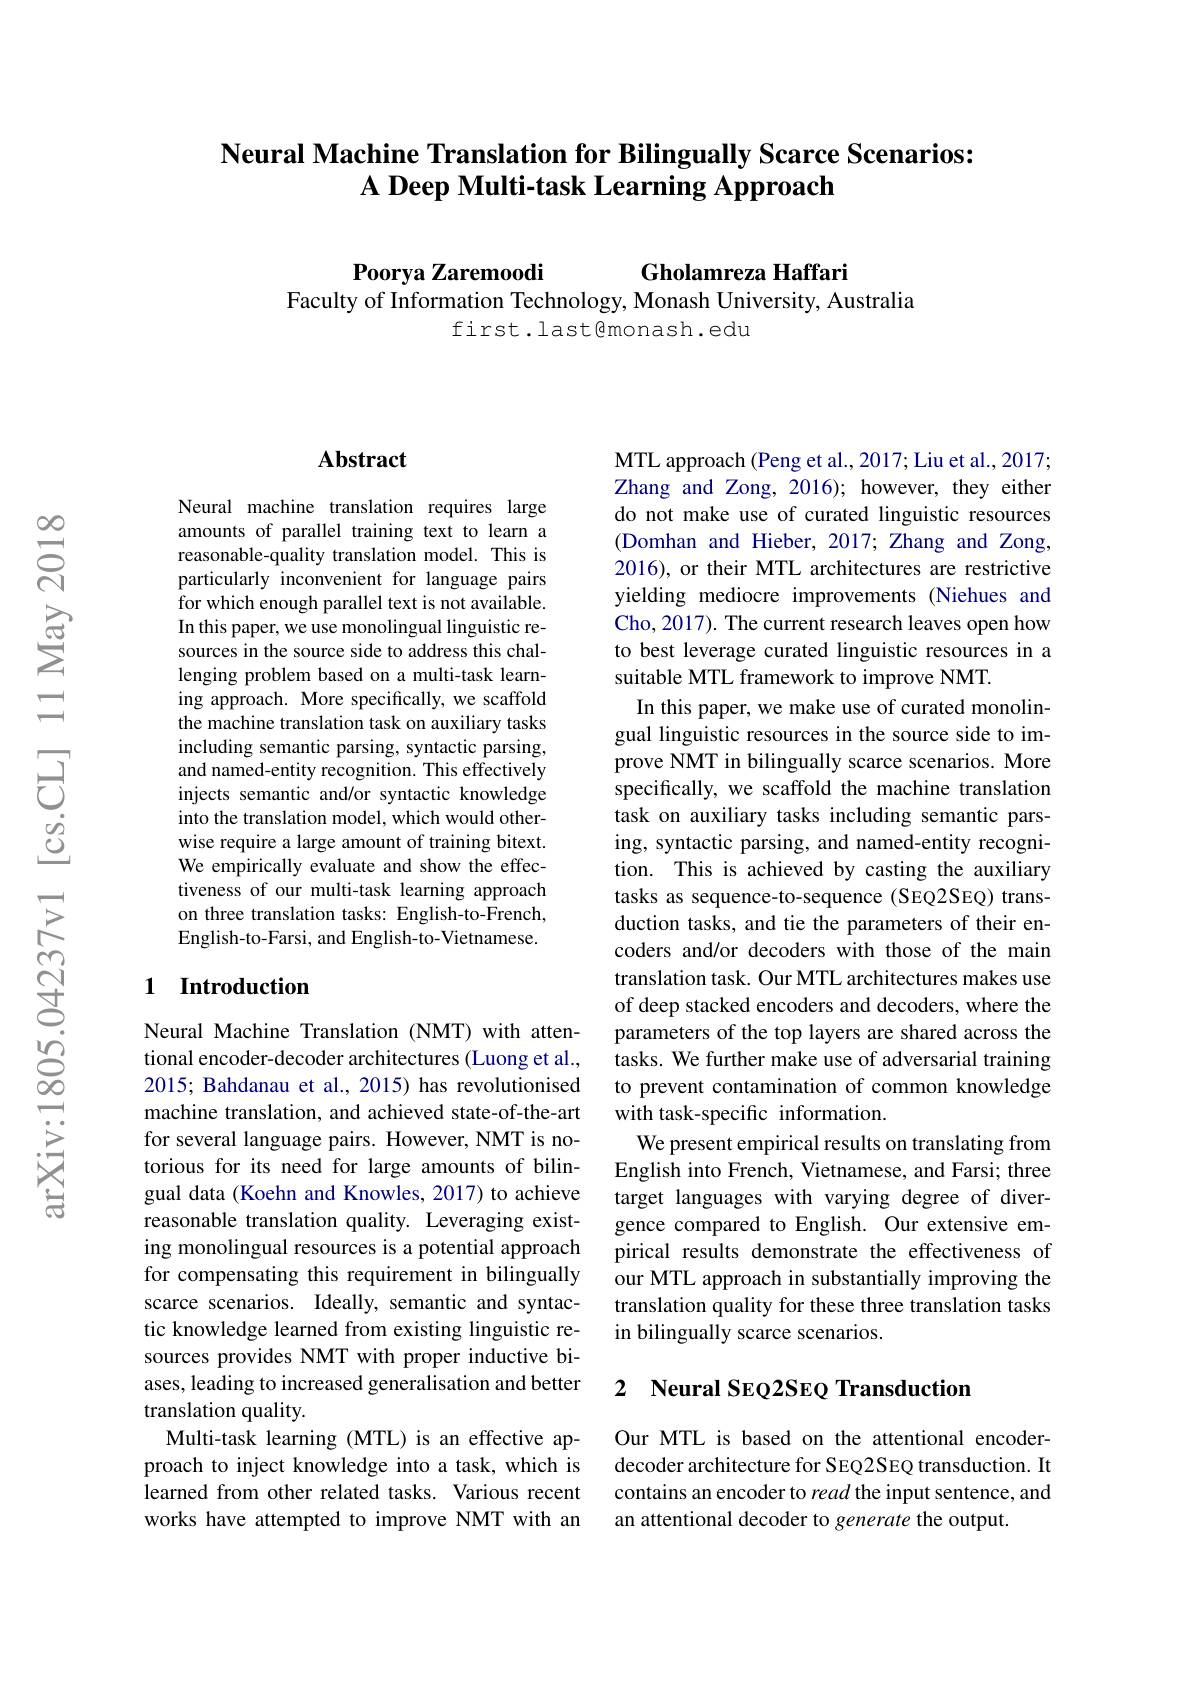
### Neural Machine Translation for Bilingually Scarce Scenarios: $\textbf{A Deep Multi- task Learning Approach}$

Gholamreza Haffari
$\textbf{Poorya Zaremoodi}$
Faculty of Information Technology, Monash University, Australia
first.last@monash.edu

### $\mathbf{Abstract}$

Neural machine translation requires large amounts of parallel training text to learn a reasonable-quality translation model. This is particularly inconvenient for language pairs for which enough parallel text is not available. In this paper, we use monolingual linguistic resources in the source side to address this challenging problem based on a multi-task learning approach. More specifically, we scaffold the machine translation task on auxiliary tasks including semantic parsing, syntactic parsing, and named-entity recognition. This effectively injects semantic and/or syntactic knowledge into the translation model, which would otherwise require a large amount of training bitext. We empirically evaluate and show the effectiveness of our multi-task learning approach on three translation tasks: English-to-French, English-to-Farsi, and English-to-Vietnamese.

### 1 Introduction

Neural Machine Translation (NMT) with attentional encoder-decoder architectures (Luong et al., 2015; Bahdanau et al., 2015) has revolutionised machine translation, and achieved state-of-the-art for several language pairs. However, NMT is notorious for its need for large amounts of bilingual data (Koehn and Knowles, 2017) to achieve reasonable translation quality. Leveraging existing monolingual resources is a potential approach for compensating this requirement in bilingually scarce scenarios. Ideally, semantic and syntactic knowledge learned from existing linguistic resources provides NMT with proper inductive biases, leading to increased generalisation and better translation quality.
Multi-task learning (MTL) is an effective approach to inject knowledge into a task, which is learned from other related tasks. Various recent works have attempted to improve NMT with an

MTL approach (Peng et al., 2017; Liu et al., 2017; Zhang and Zong, 2016); however, they either do not make use of curated linguistic resources (Domhan and Hieber, 2017; Zhang and Zong, 2016), or their MTL architectures are restrictive yielding mediocre improvements (Niehues and Cho, 2017). The current research leaves open how to best leverage curated linguistic resources in a suitable MTL framework to improve NMT.
In this paper, we make use of curated monolingual linguistic resources in the source side to improve NMT in bilingually scarce scenarios. More specifically, we scaffold the machine translation task on auxiliary tasks including semantic parsing, syntactic parsing, and named-entity recognition. This is achieved by casting the auxiliary tasks as sequence-to-sequence (SEQ2SEQ) transduction tasks, and tie the parameters of their encoders and/or decoders with those of the main translation task. Our MTL architectures makes use of deep stacked encoders and decoders, where the parameters of the top layers are shared across the tasks. We further make use of adversarial training to prevent contamination of common knowledge with task-specific information.
We present empirical results on translating from English into French, Vietnamese, and Farsi; three target languages with varying degree of divergence compared to English. Our extensive empirical results demonstrate the effectiveness of our MTL approach in substantially improving the translation quality for these three translation tasks in bilingually scarce scenarios.

# 2 Neural SEQ2SEQ Transduction

Our MTL is based on the attentional encoderdecoder architecture for SEQ2SEQ transduction. It contains an encoder to read the input sentence, and an attentional decoder to generate the output.